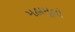
મહામૂલો